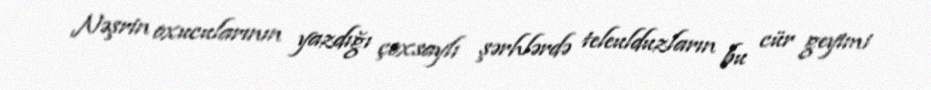
Nəşrin oxucularının yazdığı çoxsaylı şərhlərdə teleulduzların bu cür geyimi